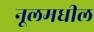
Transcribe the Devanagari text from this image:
नूलमधील